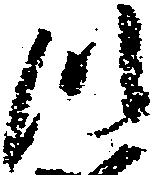
つ